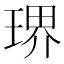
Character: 琾